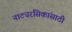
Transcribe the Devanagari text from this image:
नाट्यरसिकांसाठी